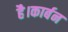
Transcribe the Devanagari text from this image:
है।कार्बन